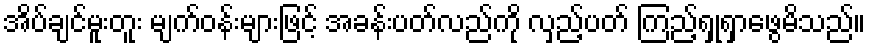
အိပ်ချင်မူးတူး မျက်ဝန်းများဖြင့် အခန်းပတ်လည်ကို လှည့်ပတ် ကြည့်ရှုရှာဖွေမိသည်။